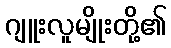
ဂျူးလူမျိုးတို့၏